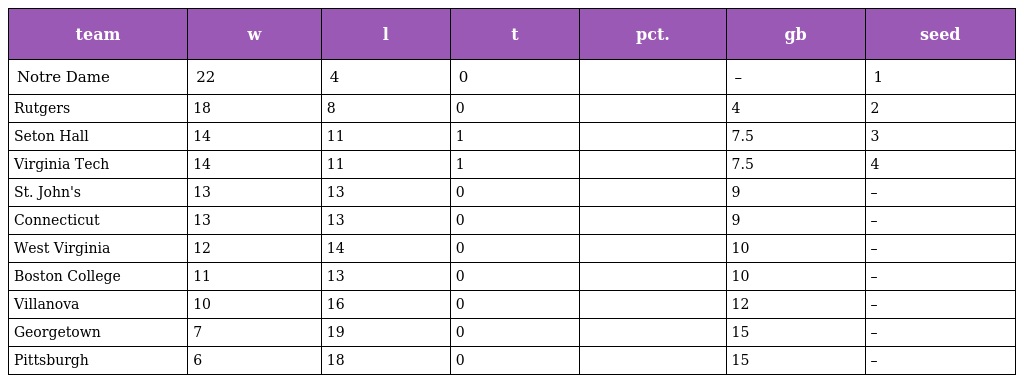
| team | w | l | t | pct. | gb | seed |
 | --- | --- | --- | --- | --- | --- | --- |
 | Notre Dame | 22 | 4 | 0 |  | – | 1 |
 | Rutgers | 18 | 8 | 0 |  | 4 | 2 |
 | Seton Hall | 14 | 11 | 1 |  | 7.5 | 3 |
 | Virginia Tech | 14 | 11 | 1 |  | 7.5 | 4 |
 | St. John's | 13 | 13 | 0 |  | 9 | – |
 | Connecticut | 13 | 13 | 0 |  | 9 | – |
 | West Virginia | 12 | 14 | 0 |  | 10 | – |
 | Boston College | 11 | 13 | 0 |  | 10 | – |
 | Villanova | 10 | 16 | 0 |  | 12 | – |
 | Georgetown | 7 | 19 | 0 |  | 15 | – |
 | Pittsburgh | 6 | 18 | 0 |  | 15 | – |